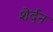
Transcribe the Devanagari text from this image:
शेर्दन